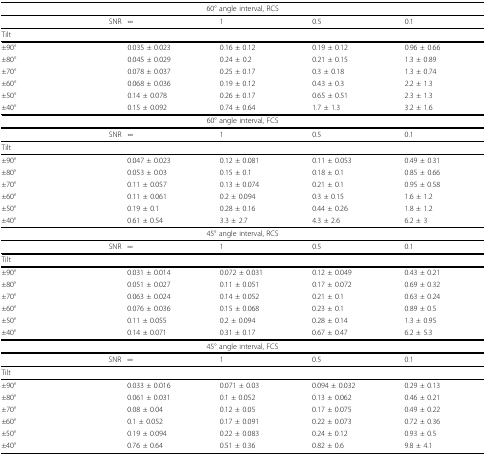
<table><thead><tr><td colspan="6"><b>60° angle interval, RCS</b></td></tr></thead><tbody><tr><td></td><td>SNR</td><td>∞</td><td>1</td><td>0.5</td><td>0.1</td></tr><tr><td>Tilt</td><td colspan="5"></td></tr><tr><td>±90°</td><td></td><td>0.035 ± 0.023</td><td>0.16 ± 0.12</td><td>0.19 ± 0.12</td><td>0.96 ± 0.66</td></tr><tr><td>±80°</td><td></td><td>0.045 ± 0.029</td><td>0.24 ± 0.2</td><td>0.21 ± 0.15</td><td>1.3 ± 0.89</td></tr><tr><td>±70°</td><td></td><td>0.078 ± 0.037</td><td>0.25 ± 0.17</td><td>0.3 ± 0.18</td><td>1.3 ± 0.74</td></tr><tr><td>±60°</td><td></td><td>0.068 ± 0.036</td><td>0.19 ± 0.12</td><td>0.43 ± 0.3</td><td>2.2 ± 1.3</td></tr><tr><td>±50°</td><td></td><td>0.14 ± 0.078</td><td>0.26 ± 0.17</td><td>0.65 ± 0.51</td><td>2.3 ± 1.3</td></tr><tr><td>±40°</td><td></td><td>0.15 ± 0.092</td><td>0.74 ± 0.64</td><td>1.7 ± 1.3</td><td>3.2 ± 1.6</td></tr><tr><td colspan="6">60° angle interval, FCS</td></tr><tr><td></td><td>SNR</td><td>∞</td><td>1</td><td>0.5</td><td>0.1</td></tr><tr><td>Tilt</td><td colspan="5"></td></tr><tr><td>±90°</td><td></td><td>0.047 ± 0.023</td><td>0.12 ± 0.081</td><td>0.11 ± 0.053</td><td>0.49 ± 0.31</td></tr><tr><td>±80°</td><td></td><td>0.053 ± 0.03</td><td>0.15 ± 0.1</td><td>0.18 ± 0.1</td><td>0.85 ± 0.66</td></tr><tr><td>±70°</td><td></td><td>0.11 ± 0.057</td><td>0.13 ± 0.074</td><td>0.21 ± 0.1</td><td>0.95 ± 0.58</td></tr><tr><td>±60°</td><td></td><td>0.11 ± 0.061</td><td>0.2 ± 0.094</td><td>0.3 ± 0.15</td><td>1.6 ± 1.2</td></tr><tr><td>±50°</td><td></td><td>0.19 ± 0.1</td><td>0.28 ± 0.16</td><td>0.44 ± 0.26</td><td>1.8 ± 1.2</td></tr><tr><td>±40°</td><td></td><td>0.61 ± 0.54</td><td>3.3 ± 2.7</td><td>4.3 ± 2.6</td><td>6.2 ± 3</td></tr><tr><td colspan="6">45° angle interval, RCS</td></tr><tr><td></td><td>SNR</td><td>∞</td><td>1</td><td>0.5</td><td>0.1</td></tr><tr><td>Tilt</td><td colspan="5"></td></tr><tr><td>±90°</td><td></td><td>0.031 ± 0.014</td><td>0.072 ± 0.031</td><td>0.12 ± 0.049</td><td>0.43 ± 0.21</td></tr><tr><td>±80°</td><td></td><td>0.051 ± 0.027</td><td>0.11 ± 0.051</td><td>0.17 ± 0.072</td><td>0.69 ± 0.32</td></tr><tr><td>±70°</td><td></td><td>0.063 ± 0.024</td><td>0.14 ± 0.052</td><td>0.21 ± 0.1</td><td>0.63 ± 0.24</td></tr><tr><td>±60°</td><td></td><td>0.076 ± 0.036</td><td>0.15 ± 0.068</td><td>0.23 ± 0.1</td><td>0.89 ± 0.5</td></tr><tr><td>±50°</td><td></td><td>0.11 ± 0.055</td><td>0.2 ± 0.094</td><td>0.28 ± 0.14</td><td>1.3 ± 0.95</td></tr><tr><td>±40°</td><td></td><td>0.14 ± 0.071</td><td>0.31 ± 0.17</td><td>0.67 ± 0.47</td><td>6.2 ± 5.3</td></tr><tr><td colspan="6">45° angle interval, FCS</td></tr><tr><td></td><td>SNR</td><td>∞</td><td>1</td><td>0.5</td><td>0.1</td></tr><tr><td>Tilt</td><td colspan="5"></td></tr><tr><td>±90°</td><td></td><td>0.033 ± 0.016</td><td>0.071 ± 0.03</td><td>0.094 ± 0.032</td><td>0.29 ± 0.13</td></tr><tr><td>±80°</td><td></td><td>0.061 ± 0.031</td><td>0.1 ± 0.052</td><td>0.13 ± 0.062</td><td>0.46 ± 0.21</td></tr><tr><td>±70°</td><td></td><td>0.08 ± 0.04</td><td>0.12 ± 0.05</td><td>0.17 ± 0.075</td><td>0.49 ± 0.22</td></tr><tr><td>±60°</td><td></td><td>0.1 ± 0.052</td><td>0.17 ± 0.091</td><td>0.22 ± 0.073</td><td>0.72 ± 0.36</td></tr><tr><td>±50°</td><td></td><td>0.19 ± 0.094</td><td>0.22 ± 0.083</td><td>0.24 ± 0.12</td><td>0.93 ± 0.5</td></tr><tr><td>±40°</td><td></td><td>0.76 ± 0.64</td><td>0.51 ± 0.36</td><td>0.82 ± 0.6</td><td>9.8 ± 4.1</td></tr></tbody></table>